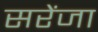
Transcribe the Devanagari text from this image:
सरेंजा